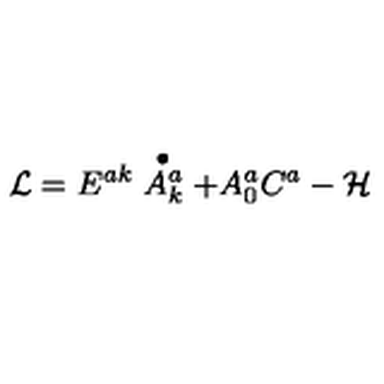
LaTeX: { \cal L } = E ^ { a k } \stackrel { \bullet } { A _ { k } ^ { a } } + A _ { 0 } ^ { a } C ^ { a } - { \cal H }